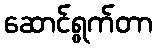
ဆောင်ရွက်တာ